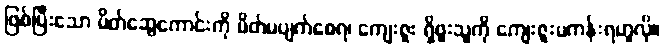
ဖြစ်ပြီးသော မိတ်ဆွေကောင်းကို မိတ်မပျက်စေရ၊ ကျေးဇူး ရှိဖူးသူကို ကျေးဇူးမကန်းရဟူလို။